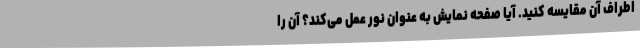
اطراف آن مقایسه کنید. آیا صفحه نمایش به عنوان نور عمل می‌کند؟ آن را